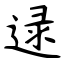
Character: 逯